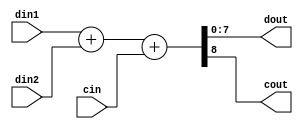
module adder_dataflow ( output [7: 0] dout, output cout, input [7:0] din1, din2, input cin);
  assign {cout,dout}=din1+din2+cin;
endmodule